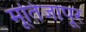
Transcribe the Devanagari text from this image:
मूतिजापूर